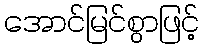
အောင်မြင်စွာဖြင့်